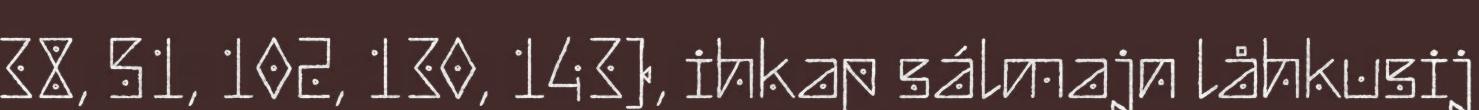
38, 51, 102, 130, 143), ihkap sálmajn låhkusij